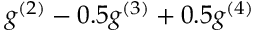
g ^ { ( 2 ) } - 0 . 5 g ^ { ( 3 ) } + 0 . 5 g ^ { ( 4 ) }